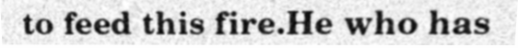
to feed this fire.He who has